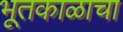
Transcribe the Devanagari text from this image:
भूतकाळाचा